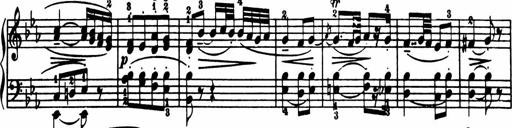
Title: Sonatina in G major
Composer: Friedrich Kuhlau
Key: G major